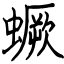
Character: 蟩